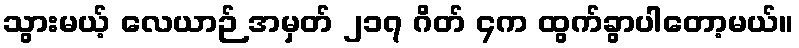
သွားမယ့် လေယာဉ် အမှတ် ၂၁၇ ဂိတ် ၄က ထွက်ခွာပါတော့မယ်။